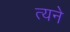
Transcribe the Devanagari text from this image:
त्यने